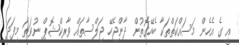
އީ ގެ އެހެން މަސައްކަތްތަކާ ބެހޭގޮތުން ދާންޖެހޭ ޖަލްސާތައް ވާރކްޝޮޕް ނުވަތަ މިފަދަ